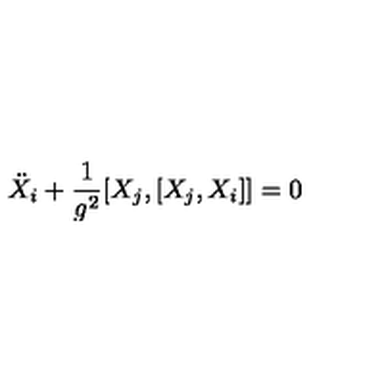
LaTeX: \ddot { X } _ { i } + \frac { 1 } { g ^ { 2 } } [ X _ { j } , [ X _ { j } , X _ { i } ] ] = 0